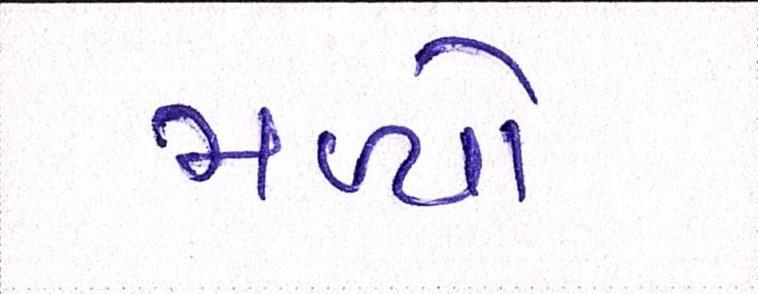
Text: મળ્યો